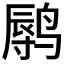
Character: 𲎁